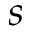
s